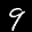
Label: 9